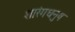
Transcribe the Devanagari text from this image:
शारंगधनुष